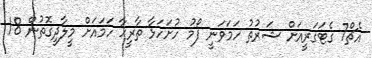
އެޗް7 ގެޓަގަރީއަށް ޝަރުތު ހަމަވަނީ ފޯމު ހުށަހަޅާ ތާރީޚާ ހަމައަށް މީލާދީގޮތުން 18